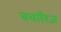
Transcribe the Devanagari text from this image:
बवारिज